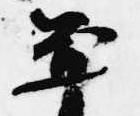
平